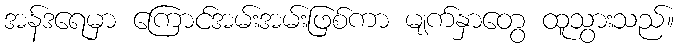
အန်ဒရေမှာ ကြောင်အမ်းအမ်းဖြစ်ကာ မျက်နှာတွေ ထူသွားသည်။